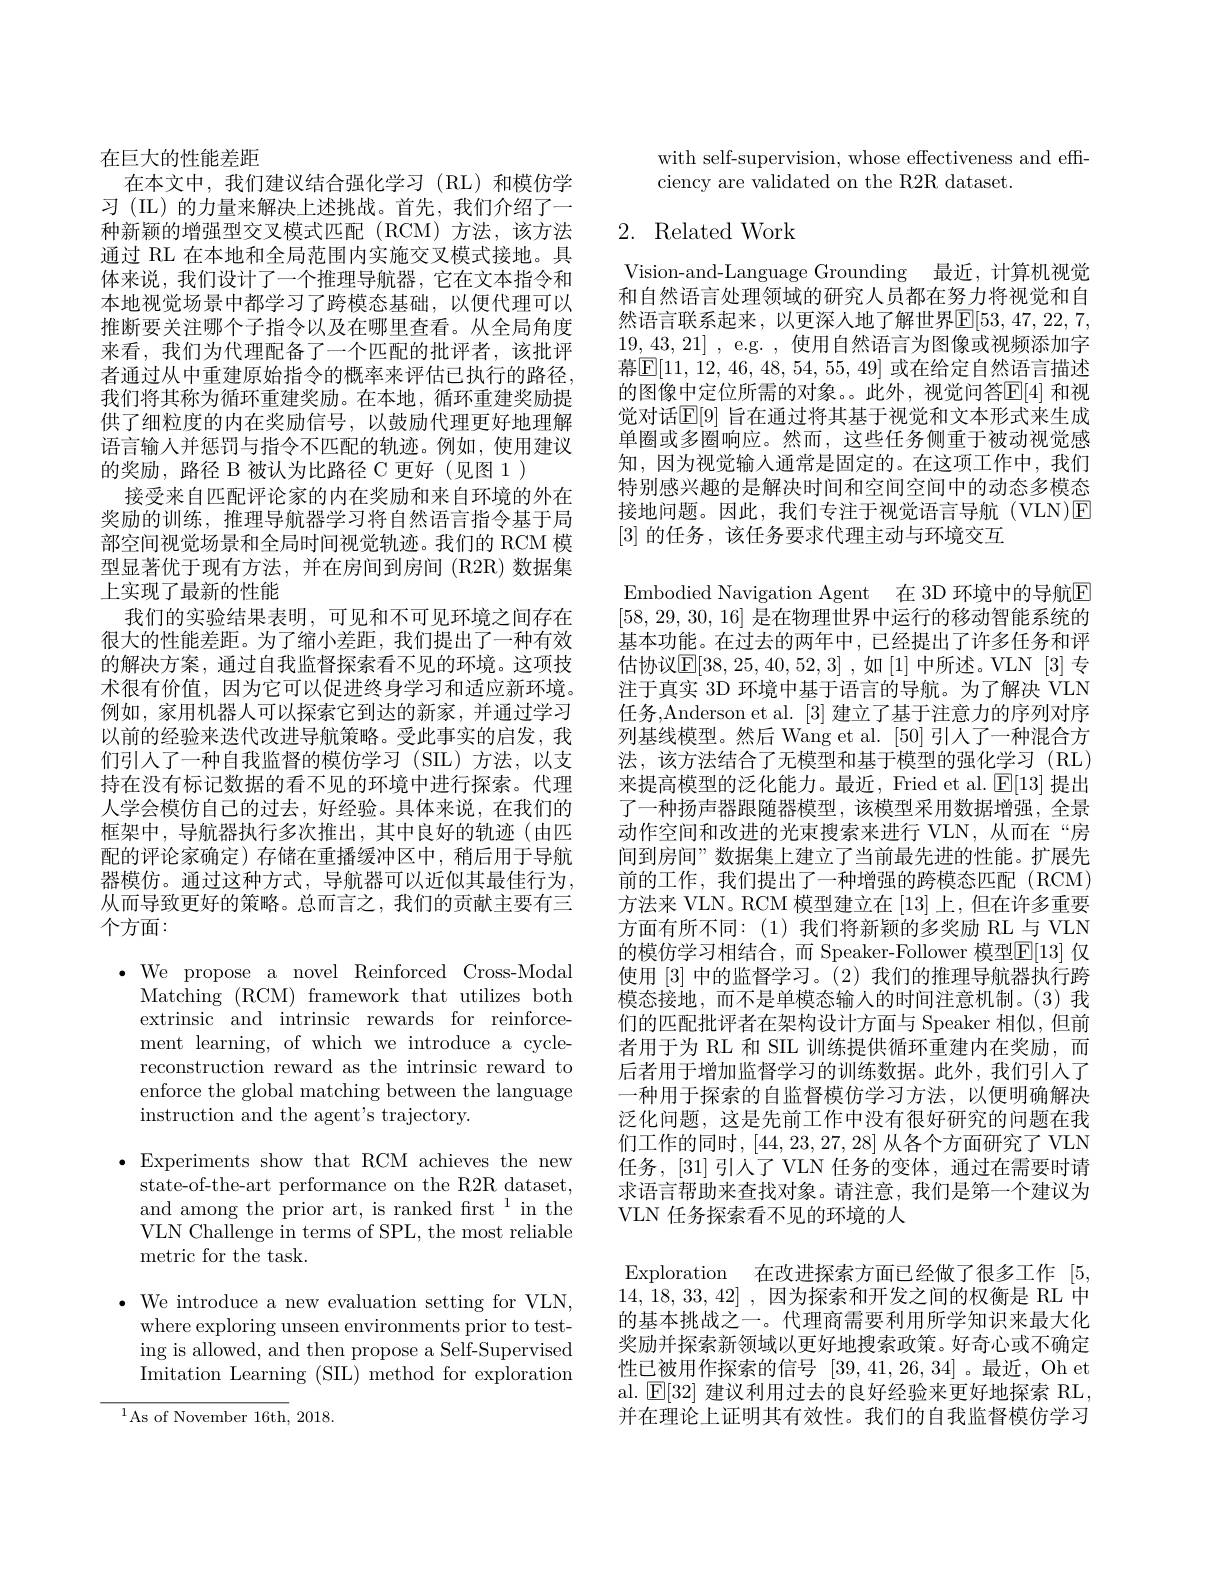
在巨大的性能差距
在本文中，我们建议结合强化学习(RL)和模仿学习 (IL) 的力量来解决上述挑战。首先，我们介绍了一种新颖的增强型交叉模式匹配(RCM)方法，该方法通过 RL 在本地和全局范围内实施交叉模式接地。具体来说，我们设计了一个推理导航器，它在文本指令和本地视觉场景中都学习了跨模态基础，以便代理可以推断要关注哪个子指令以及在哪里查看。从全局角度来看，我们为代理配备了一个匹配的批评者，该批评者通过从中重建原始指令的概率来评估已执行的路径， 我们将其称为循环重建奖励。在本地，循环重建奖励提供了细粒度的内在奖励信号，以鼓励代理更好地理解语言输人并惩罚与指令不匹配的轨迹。例如，使用建议的奖励，路径 B 被认为比路径 C 更好(见图 1)
接受来自匹配评论家的内在奖励和来自环境的外在奖励的训练，推理导航器学习将自然语言指令基于局部空间视觉场景和全局时间视觉轨迹。我们的 RCM 模型显著优于现有方法，并在房间到房间(R2R)数据集上实现了最新的性能
我们的实验结果表明，可见和不可见环境之间存在很大的性能差距。为了缩小差距，我们提出了一种有效的解决方案，通过自我监督探索看不见的环境。这项技术很有价值，因为它可以促进终身学习和适应新环境。例如，家用机器人可以探索它到达的新家，并通过学习以前的经验来迭代改进导航策略。受此事实的启发，我们引入了一种自我监督的模仿学习(SIL)方法，以支持在没有标记数据的看不见的环境中进行探索。代理人学会模仿自己的过去，好经验。具体来说，在我们的框架中，导航器执行多次推出，其中良好的轨迹(由匹配的评论家确定)存储在重播缓冲区中，稍后用于导航器模仿。通过这种方式，导航器可以近似其最佳行为， 从而导致更好的策略。总而言之，我们的贡献主要有三个方面：

$\bullet$We propose a novel Reinforced Cross-Modal

Matching (RCM) framework that utilizes both

extrinsic and intrinsic rewards for reinforce-

ment learning, of which we introduce a cycle-

reconstruction reward as the intrinsic reward to

enforce the global matching between the language

instruction and the agent's trajectory.

$\bullet$Experiments show that RCM achieves the new

state-of-the-art performance on the R2R dataset,

and among the prior art, is ranked first$^{1}$ in the

VLN Challenge in terms of SPL, the most reliable

metric for the task.

$\bullet$ We introduce a new evaluation setting for VLN,
where exploring unseen environments prior to testing is allowed, and then propose a Self-Supervised Imitation Learning (SIL) method for exploration

$^{1}$As of November 16th, 2018.

with self-supervision, whose effectiveness and eff-
ciency are validated on the R2R dataset.

## 2. Related Work

Vision-and-Language Grounding 最近，计算机视觉和自然语言处理领域的研究人员都在努力将视觉和自然语言联系起来，以更深人地了解世界$\mathbb{E}[53,47,22,7$, 19,43,21] , e.g.,使用自然语言为图像或视频添加字幕$\boxed{\mathrm{E}}[11,12,46,48,54,55,49]$ 或在给定自然语言描述的图像中定位所需的对象。此外，视觉问答E[ 4] 和视觉对话$\mathbb{E}[9]$ 旨在通过将其基于视觉和文本形式来生成单圈或多圈响应。然而，这些任务侧重于被动视觉感知，因为视觉输入通常是固定的。在这项工作中，我们特别感兴趣的是解决时间和空间空间中的动态多模态接地问题。因此，我们专注于视觉语言导航(VLN)E [3]的任务，该任务要求代理主动与环境交互
Embodied Navigation Agent 在 3D 环境中的导航$\overline{\Gamma}$ [58,29,30,16]是在物理世界中运行的移动智能系统的基本功能。在过去的两年中，已经提出了许多任务和评估协议$\mathbb{E}[38,25,40,52,3]$ ,如[1]中所述。VLN [3]专注于真实 3D 环境中基于语言的导航。为了解决 VLN 任务，Anderson et al. [3] 建立了基于注意力的序列对序列基线模型。然后 Wang et al. [50] 引人了一种混合方法，该方法结合了无模型和基于模型的强化学习(RL) 来提高模型的泛化能力。最近，Fried et al. $\mathbb{E}[13]$提出了一种扬声器跟随器模型，该模型采用数据增强，全景动作空间和改进的光束搜索来进行 VLN, 从而在“房间到房间”数据集上建立了当前最先进的性能。扩展先前的工作，我们提出了一种增强的跨模态匹配(RCM) 方法来 VLN。RCM 模型建立在[13]上，但在许多重要方面有所不同：(1)我们将新颖的多奖励 RL与 VLN 的模仿学习相结合，而 Speaker-Follower 模型$\mathbb{E}[13]$ 仅使用[3]中的监督学习。(2)我们的推理导航器执行跨模态接地，而不是单模态输入的时间注意机制。(3)我们的匹配批评者在架构设计方面与 Speaker 相似，但前者用于为 RL 和 SIL 训练提供循环重建内在奖励，而后者用于增加监督学习的训练数据。此外，我们引入了一种用于探索的自监督模仿学习方法，以便明确解决泛化问题，这是先前工作中没有很好研究的问题在我们工作的同时，[44,23,27,28]从各个方面研究了 VLN 任务，[31] 引人了 VLN 任务的变体，通过在需要时请求语言帮助来查找对象。请注意，我们是第一个建议为VLN 任务探索看不见的环境的人
Exploration 在改进探索方面已经做了很多工作[5, 14, 18, 33, 42] , 因为探索和开发之间的权衡是 RL 中的基本挑战之一。代理商需要利用所学知识来最大化奖励并探索新领域以更好地搜索政策。好奇心或不确定性已被用作探索的信号[39,41,26,34]。最近，Oh et al. $\operatorname{E}[32]$建议利用过去的良好经验来更好地探索 RL,

并在理论上证明其有效性。我们的自我监督模仿学习